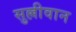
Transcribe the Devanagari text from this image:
सुल्लीवान